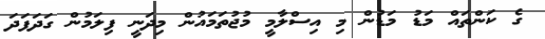
ގެ ކަންތައް މަޑު މަޑުން މި އިސްލާމީ މުޖުތަމައުން މިދަނީ ފިލަމުން ގަދަފަދަ